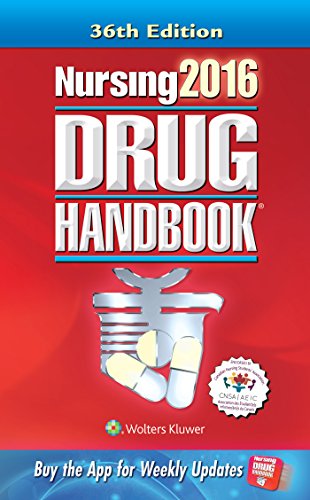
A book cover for Nursing2016 Drug Handbook; Medical Books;